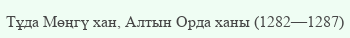
Тұда Мөңгү хан, Алтын Орда ханы (1282—1287)